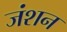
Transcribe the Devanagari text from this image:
जंशन